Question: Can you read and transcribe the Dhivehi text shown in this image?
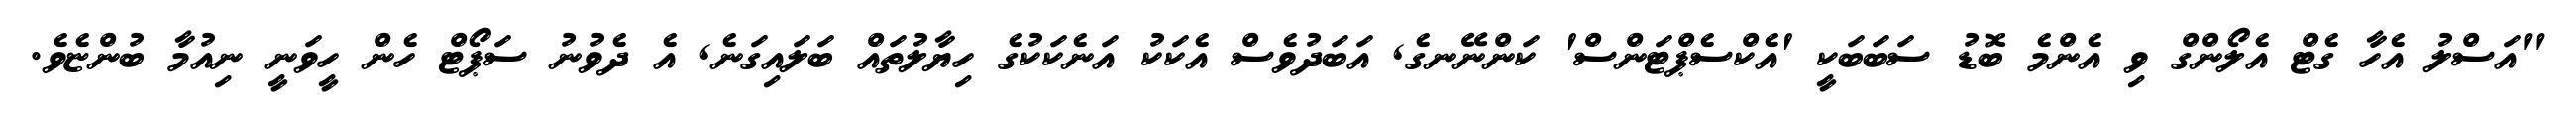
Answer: "އަސްލު އެހާ ގެޓް އެލޯންގް ވި އެންމެ ބޮޑު ސަބަބަކީ 'އެކްސެޕްޓަންސް' ކަންނޭނގެ, އަބަދުވެސް އެކަކު އަނެކަކުގެ ހިޔާލުތައް ބަލައިގަނެ, އެ ދެވުނު ސަޕޯޓް ހެން ހީވަނީ ނިއުމާ ބުންޏެވެ.